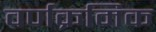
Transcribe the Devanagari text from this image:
वर्णक्रमिक